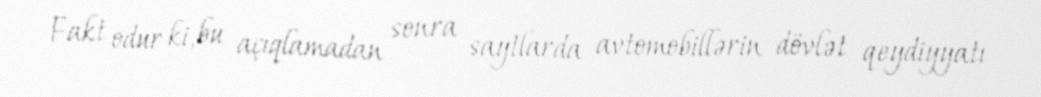
Fakt odur ki, bu açıqlamadan sonra saytlarda avtomobillərin dövlət qeydiyyatı